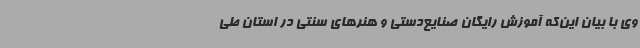
وی با بیان این‌که آموزش رایگان صنایع‌دستی و هنرهای سنتی در استان طی